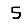
Digit: 5